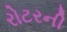
રોટરની